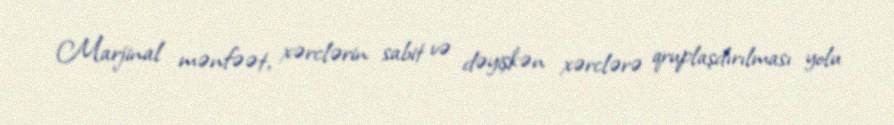
Marjinal mənfəət, xərclərin sabit və dəyişkən xərclərə qruplaşdırılması yolu